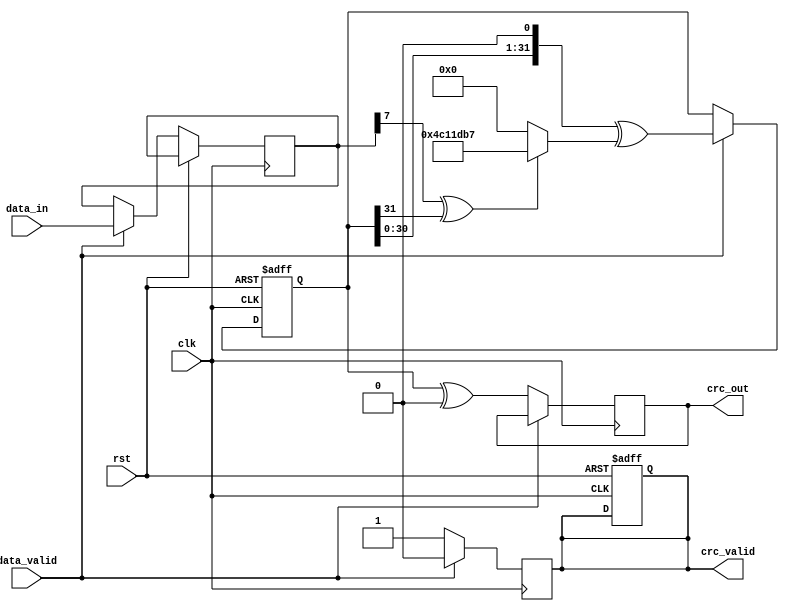
module parameterized_crc #(
    parameter CRC_WIDTH = 32,             // Width of the CRC output
    parameter POLYNOMIAL = 32'h04C11DB7,  // Polynomial used for CRC calculation
    parameter INIT_VALUE = 32'hFFFFFFFF,   // Initial value for CRC calculation
    parameter REFLECT_INPUT = 1'b0,        // Reflect input bytes
    parameter REFLECT_OUTPUT = 1'b0,       // Reflect final CRC output
    parameter FINAL_XOR = 32'h00000000     // Final XOR value
)(
    input wire clk,                        // Clock signal
    input wire rst,                        // Reset signal
    input wire [7:0] data_in,             // Input data stream (byte-wide)
    input wire data_valid,                 // Data valid signal
    output reg [CRC_WIDTH-1:0] crc_out,   // Computed CRC value
    output reg crc_valid                   // CRC valid signal
);

    reg [CRC_WIDTH-1:0] crc_reg;          // Current CRC value
    reg [7:0] data_buffer;                 // Buffer for incoming data
    integer bit_counter;                   // Counter for bits processed

    // Function to reflect bits
    function [7:0] reflect;
        input [7:0] data;
        integer i;
        begin
            reflect = 0;
            for (i = 0; i < 8; i = i + 1) begin
                reflect[i] = data[7 - i];
            end
        end
    endfunction

    // Function to reflect CRC output
    function [CRC_WIDTH-1:0] reflect_crc;
        input [CRC_WIDTH-1:0] crc;
        integer i;
        begin
            reflect_crc = 0;
            for (i = 0; i < CRC_WIDTH; i = i + 1) begin
                reflect_crc[i] = crc[CRC_WIDTH-1 - i];
            end
        end
    endfunction

    // CRC computation process
    always @(posedge clk or posedge rst) begin
        if (rst) begin
            crc_reg <= INIT_VALUE;
            crc_valid <= 1'b0;
            bit_counter <= 0;
        end else if (data_valid) begin
            // Buffer the incoming data
            data_buffer <= data_in;
            // Process each bit of the incoming data
            for (bit_counter = 0; bit_counter < 8; bit_counter = bit_counter + 1) begin
                // Reflect input if necessary
                if (REFLECT_INPUT) begin
                    crc_reg <= (crc_reg << 1) ^ ((data_buffer[bit_counter] ^ (crc_reg >> (CRC_WIDTH - 1))) ? POLYNOMIAL : 0);
                end else begin
                    crc_reg <= (crc_reg << 1) ^ ((data_buffer[bit_counter] ^ (crc_reg >> (CRC_WIDTH - 1))) ? POLYNOMIAL : 0);
                end
            end
        end
    end

    // Final CRC output computation
    always @(posedge clk) begin
        if (!data_valid) begin
            // Reflect output if necessary
            if (REFLECT_OUTPUT) begin
                crc_out <= reflect_crc(crc_reg) ^ FINAL_XOR;
            end else begin
                crc_out <= crc_reg ^ FINAL_XOR;
            end
            crc_valid <= 1'b1;  // Indicate CRC output is valid
        end else begin
            crc_valid <= 1'b0;   // Reset valid signal while processing data
        end
    end

endmodule